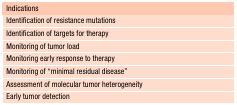
<table><thead><tr><td><b>Indications</b></td></tr></thead><tbody><tr><td>Identification of resistance mutations</td></tr><tr><td>Identification of targets for therapy</td></tr><tr><td>Monitoring of tumor load</td></tr><tr><td>Monitoring early response to therapy</td></tr><tr><td>Monitoring of “minimal residual disease”</td></tr><tr><td>Assessment of molecular tumor heterogeneity</td></tr><tr><td>Early tumor detection</td></tr></tbody></table>